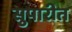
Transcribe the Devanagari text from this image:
सुपारीत